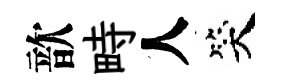
歆畤人笑